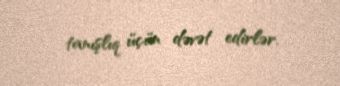
tanışlıq üçün dəvət edirlər.